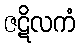
ဇဋိလကံ